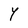
Character: Y